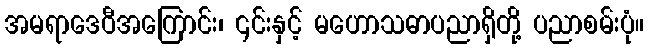
အမရာဒေဝီအကြောင်း၊ ၎င်းနှင့် မဟောသဓာပညာရှိတို့ ပညာစမ်းပုံ။